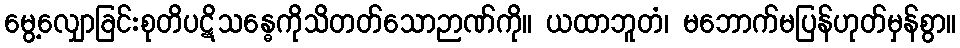
မွေ့လျှောခြင်းစုတိပဋိသန္ဓေကိုသိတတ်သောဉာဏ်ကို။ ယထာဘူတံ၊ မဘောက်မပြန်ဟုတ်မှန်စွာ။